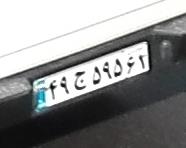
۴۹ج۵۹۵۶۱